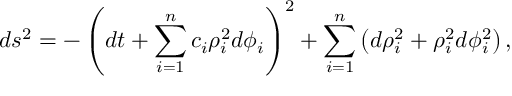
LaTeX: d s ^ { 2 } = - \left( d t + \sum _ { i = 1 } ^ { n } c _ { i } \rho _ { i } ^ { 2 } d \phi _ { i } \right) ^ { 2 } + \sum _ { i = 1 } ^ { n } \left( d \rho _ { i } ^ { 2 } + \rho _ { i } ^ { 2 } d \phi _ { i } ^ { 2 } \right) ,